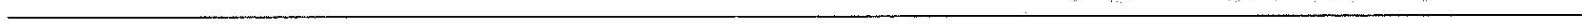
______________